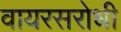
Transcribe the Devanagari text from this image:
वायरसरोधी